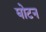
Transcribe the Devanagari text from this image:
घोटन